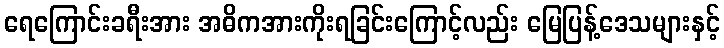
ရေကြောင်းခရီးအား အဓိကအားကိုးရခြင်းကြောင့်လည်း မြေပြန့်ဒေသများနှင့်